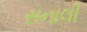
સનાલી